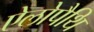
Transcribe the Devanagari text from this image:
ऐलोपैथि